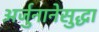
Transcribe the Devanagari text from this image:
अर्जुनानेसुद्धा